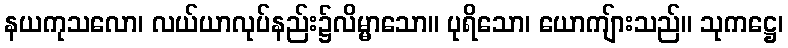
နယကုသလော၊ လယ်ယာလုပ်နည်း၌လိမ္မာသော။ ပုရိသော၊ ယောကျ်ားသည်။ သုကဋ္ဌေ၊